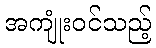
အကျုံးဝင်သည့်